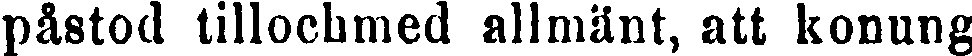
påstod tillochmed allmänt, att konung